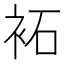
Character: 袥